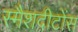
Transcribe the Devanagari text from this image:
स्मैशदीटोंस